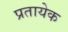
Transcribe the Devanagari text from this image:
प्रतायेक